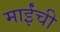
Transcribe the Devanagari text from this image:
माईंची